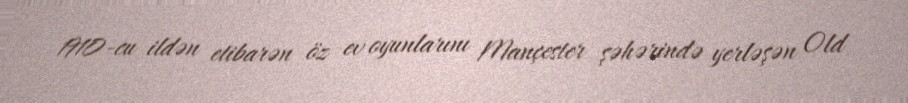
1910-cu ildən etibarən öz ev oyunlarını Mançester şəhərində yerləşən Old